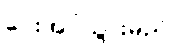
ပေးအပ်သွားမည်